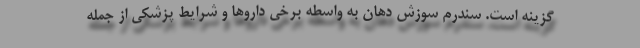
گزینه است. سندرم سوزش دهان به واسطه برخی داروها و شرایط پزشکی از جمله